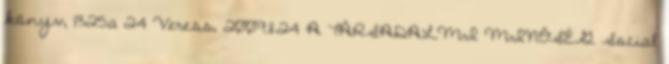
könyv, 1325a 24 Veress, 2009.11.24 A TÁRSADALMI MINŐSÉG Social